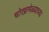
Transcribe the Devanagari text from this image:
चोखामेळ्याच्या